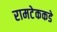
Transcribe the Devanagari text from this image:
रामटेककडे